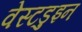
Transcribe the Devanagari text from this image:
वेस्टडुइन